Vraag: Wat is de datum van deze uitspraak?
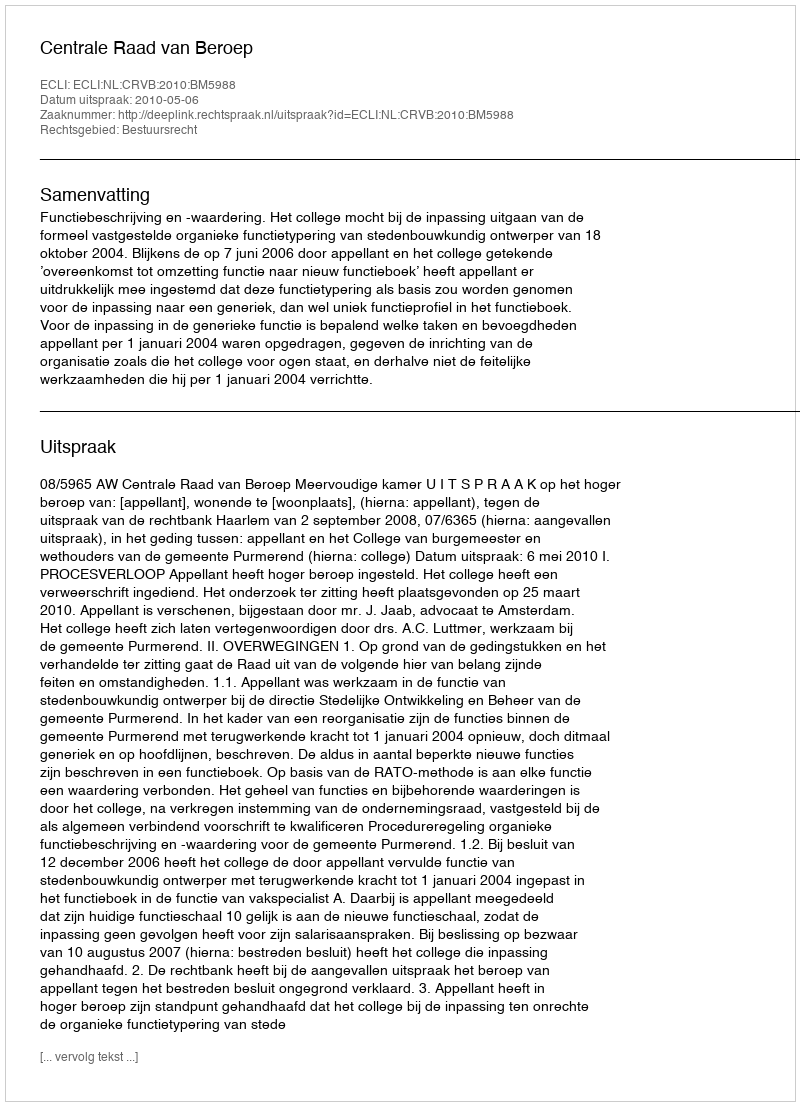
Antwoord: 2010-05-06